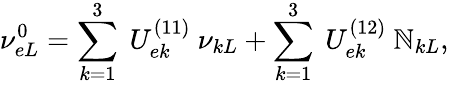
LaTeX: \nu_{eL}^{0}=\sum_{k=1}^{3}~U_{ek}^{(11)}~\nu_{kL}+\sum_{k=1}^{3}~U_{ek}^{(12)}~\mathbb{N}_{kL},